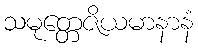
သမုတ္တေဇိယမာနာနံ